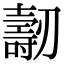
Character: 𠠐